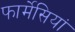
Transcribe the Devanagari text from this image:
फार्मेसियां